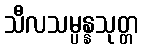
သီလသမ္ပန္နသုတ္တ